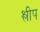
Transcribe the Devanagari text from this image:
श्लीप